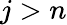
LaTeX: j>n